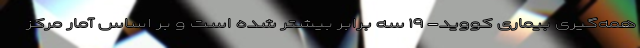
همه‌گیری بیماری کووید- ۱۹ سه برابر بیشتر شده است و بر اساس آمار مرکز